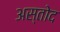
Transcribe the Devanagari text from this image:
अस्तोद